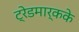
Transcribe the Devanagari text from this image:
ट्रेडमार्कके